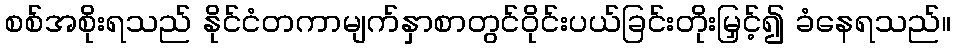
စစ်အစိုးရသည် နိုင်ငံတကာမျက်နှာစာတွင်ဝိုင်းပယ်ခြင်းတိုးမြှင့်၍ ခံနေရသည်။